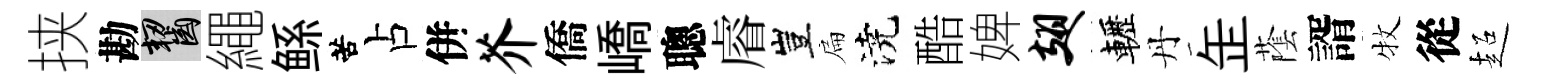
挟勘齧繩鲧苦占併芥僑嶠聰𥈠豈扁澆酷婢翅轣丹𦈢䕃諝牧從超